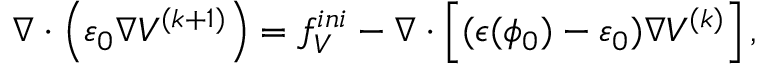
\small \nabla \cdot \left( \varepsilon _ { 0 } \nabla V ^ { ( k + 1 ) } \right) = f _ { V } ^ { i n i } - \nabla \cdot \left[ ( \epsilon ( \phi _ { 0 } ) - \varepsilon _ { 0 } ) \nabla V ^ { ( k ) } \right] ,